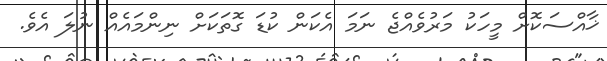
ޚާއްސަކޮށް މީހަކު މަރުވެއްޖެ ނަމަ އެކަން ކުޑަ ގޮތަކަށް ނިންމައެއް ނުލަ އެވެ.